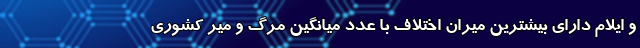
و ایلام دارای بیشترین میران اختلاف با عدد میانگین مرگ و میر کشوری